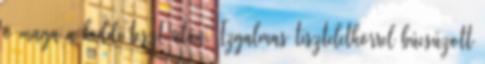
ő maga a keddi teszt után. Izgalmas tiszteletkörrel búcsúzott